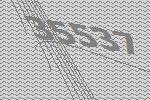
35537